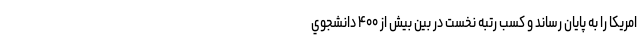
امريكا را به پايان رساند و كسب رتبه نخست در بين بيش از ۴۰۰ دانشجوي